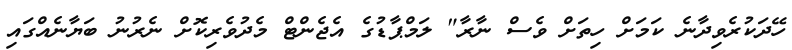
ހޭދަކުރެވިދާނެ ކަމަށް ހިތަށް ވެސް ނާރާ" ލަމްޕާޑުގެ އެޖެންޓް މެދުވެރިކޮށް ނެރުނު ބަޔާނެއްގައި